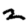
Digit: 2